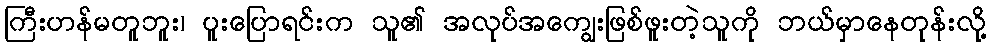
ကြီးဟန်မတူဘူး၊ ပူးပြောရင်းက သူ၏ အလုပ်အကျွေးဖြစ်ဖူးတဲ့သူကို ဘယ်မှာနေတုန်းလို့